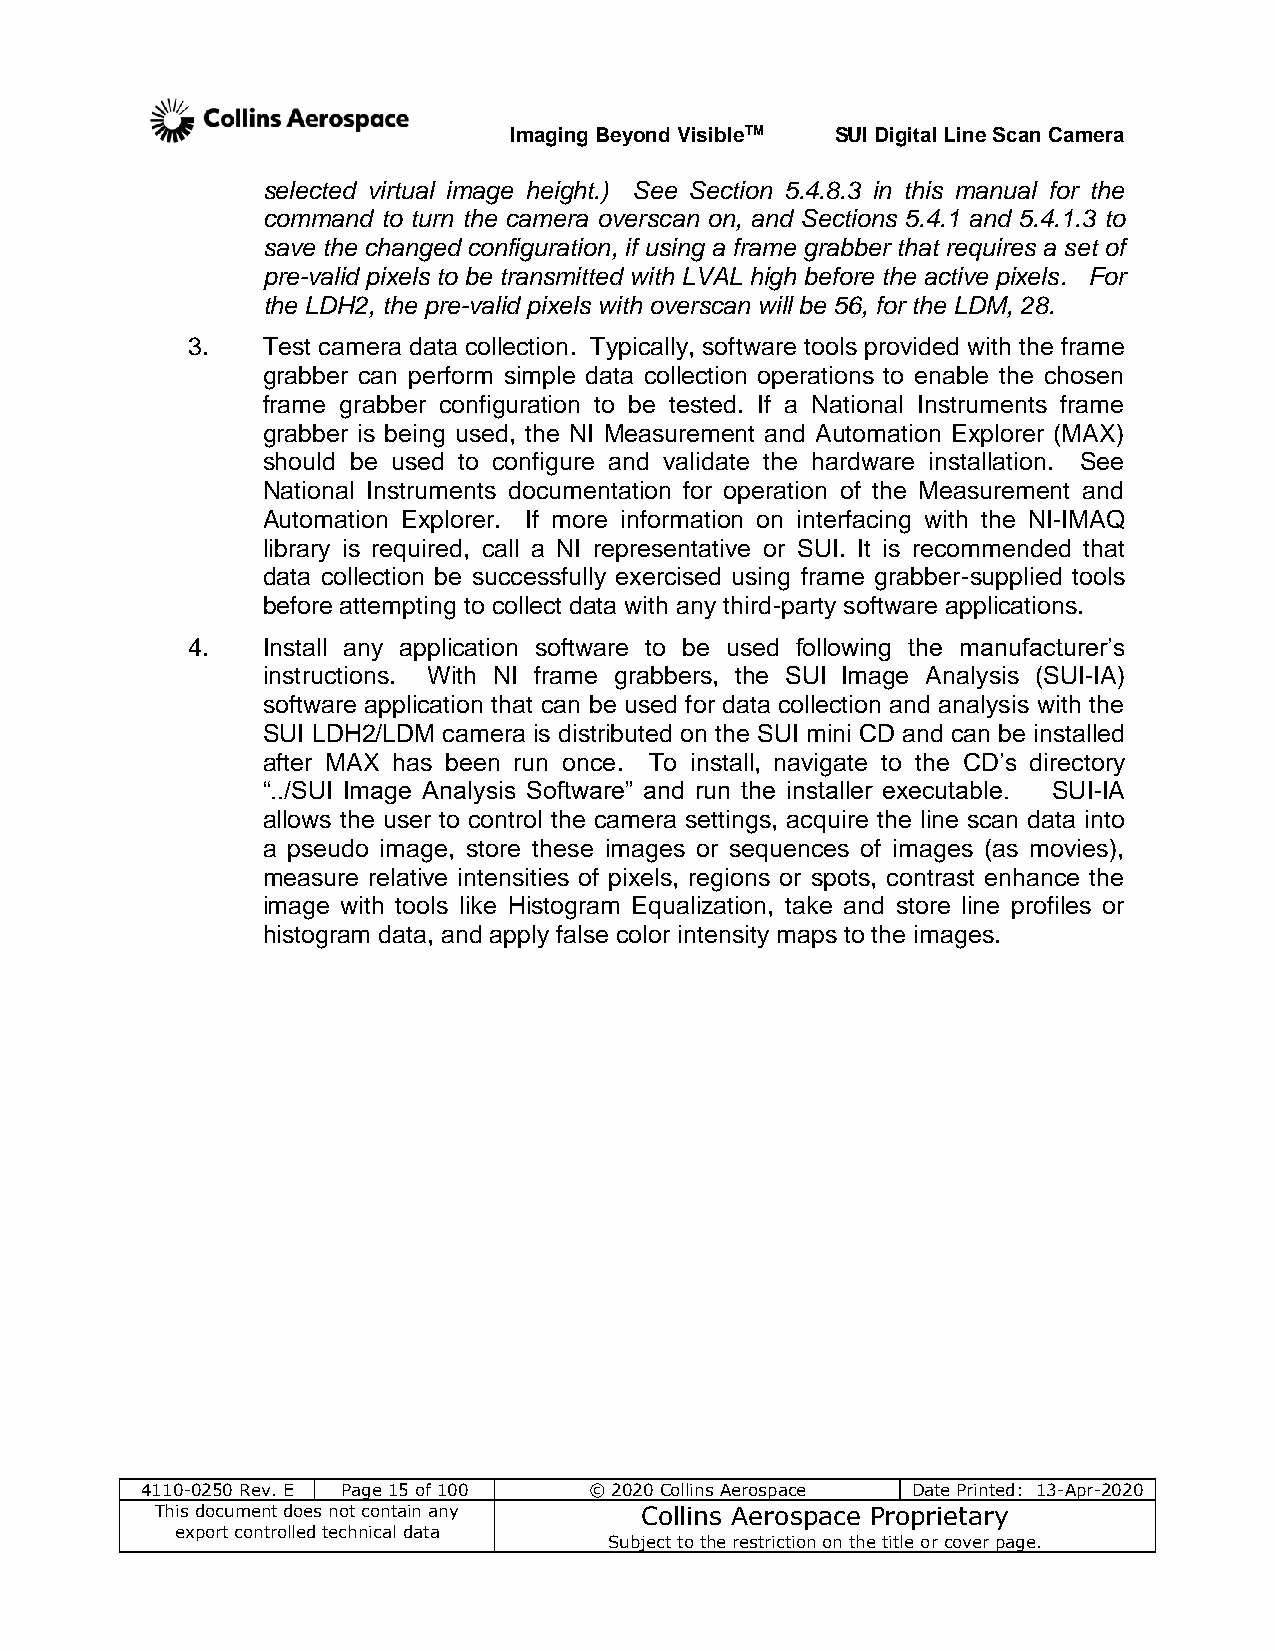
Imaging Beyond VisibleTM SUI Digital Line Scan Camera
 selected virtual image height.) See Section 5.4.8.3 in this manual for the
 command to turn the camera overscan on, and Sections 5.4.1 and 5.4.1.3 to
 save the changed configuration, if using a frame grabber that requires a set of
 pre-valid pixels to be transmitted with LVAL high before the active pixels. For
 the LDH2, the pre-valid pixels with overscan will be 56, for the LDM, 28.
 3.   Test camera data collection. Typically, software tools provided with the frame
 grabber can perform simple data collection operations to enable the chosen
 frame grabber configuration to be tested. If a National Instruments frame
 grabber is being used, the NI Measurement and Automation Explorer (MAX)
 should be used to configure and validate the hardware installation. See
 National Instruments documentation for operation of the Measurement and
 Automation Explorer. If more information on interfacing with the NI-IMAQ
 library is required, call a NI representative or SUI. It is recommended that
 data collection be successfully exercised using frame grabber-supplied tools
 before attempting to collect data with any third-party software applications.
 4.   Install any application software to be used following the manufacturer’s
 instructions. With NI frame grabbers, the SUI Image Analysis (SUI-IA)
 software application that can be used for data collection and analysis with the
 SUI LDH2/LDM camera is distributed on the SUI mini CD and can be installed
 after MAX has been run once. To install, navigate to the CD’s directory
 “../SUI Image Analysis Software” and run the installer executable. SUI-IA
 allows the user to control the camera settings, acquire the line scan data into
 a pseudo image, store these images or sequences of images (as movies),
 measure relative intensities of pixels, regions or spots, contrast enhance the
 image with tools like Histogram Equalization, take and store line profiles or
 histogram data, and apply false color intensity maps to the images.
 4110-0250 Rev. E Page 15 of 100 © 2020 Collins Aerospace Date Printed: 13-Apr-2020
 This document does not contain any Collins Aerospace Proprietary
 export controlled technical data
 Subject to the restriction on the title or cover page.